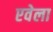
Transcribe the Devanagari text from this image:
एवेला